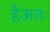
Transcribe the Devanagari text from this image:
हैअतः